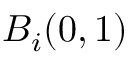
B _ { i } ( 0 , 1 )